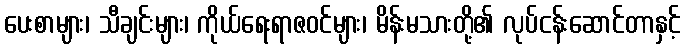
ပေးစာများ၊ သီချင်းများ၊ ကိုယ်ရေးရာဇဝင်များ၊ မိန်းမသားတို့၏ လုပ်ငန်းဆောင်တာနှင့်